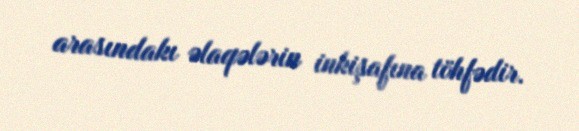
arasındakı əlaqələrin inkişafına töhfədir.